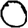
Digit: 0